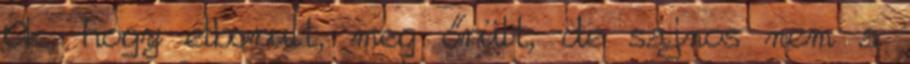
Ok, hogy elborult, meg őrült, de sajnos nem a